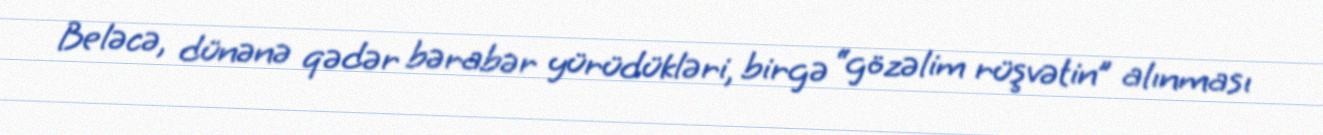
Beləcə, dünənə qədər bərabər yürüdükləri, birgə “gözəlim rüşvətin” alınması